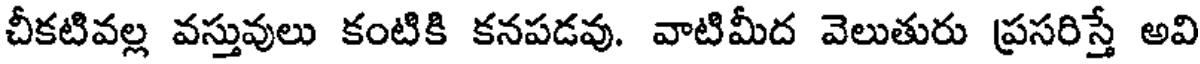
చీకటివల్ల వస్తువులు కంటికి కనపడవు. వాటిమీద వెలుతురు ప్రసరిస్తే అవి